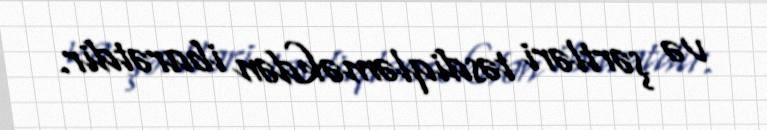
və şərtləri təsdiqləməkdən ibarətdir.